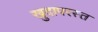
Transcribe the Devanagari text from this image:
खुदापरस्त